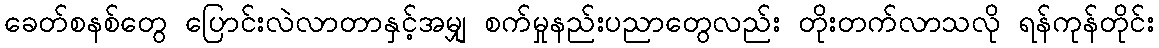
ခေတ်စနစ်တွေ ပြောင်းလဲလာတာနှင့်အမျှ စက်မှုနည်းပညာတွေလည်း တိုးတက်လာသလို ရန်ကုန်တိုင်း